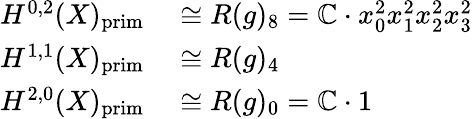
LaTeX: \begin{array}{rl}{H^{0,2}(X)_{\mathrm{prim}}}&{{}\cong R(g)_{8}=\mathbb{C}\cdot x_{0}^{2}x_{1}^{2}x_{2}^{2}x_{3}^{2}}\\ {H^{1,1}(X)_{\mathrm{prim}}}&{{}\cong R(g)_{4}}\\ {H^{2,0}(X)_{\mathrm{prim}}}&{{}\cong R(g)_{0}=\mathbb{C}\cdot 1}\end{array}